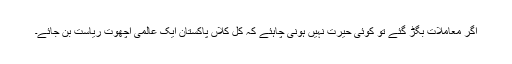
اگر معاملات بگڑ گئے تو کوئی حیرت نہیں ہونی چاہئے کہ کل کلاں پاکستان ایک عالمی اچھوت ریاست بن جائے۔